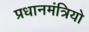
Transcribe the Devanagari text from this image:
प्रधानमंत्रियो